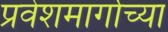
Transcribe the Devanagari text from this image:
प्रवेशमार्गाच्या